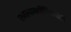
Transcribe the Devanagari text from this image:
कालावधीविषयीही